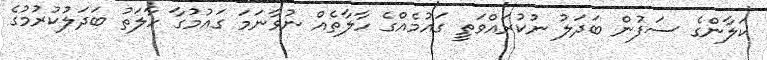
ކަލާންގެ ސަފުން ބަދަލު ނުކުރައްވަތީ ގައުމެއްގެ ހާލާތެއް ނުވާނަމަ ގައުމުގާ ހާލަތު ބަދަލުކުރުމުގެ